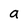
Character: a